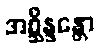
အစ္ဆိန္ဒန္တော